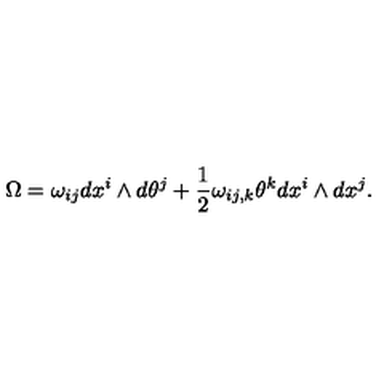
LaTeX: \Omega = \omega _ { i j } d x ^ { i } \wedge d \theta ^ { j } + \frac 1 2 \omega _ { i j , k } \theta ^ { k } d x ^ { i } \wedge d x ^ { j } .